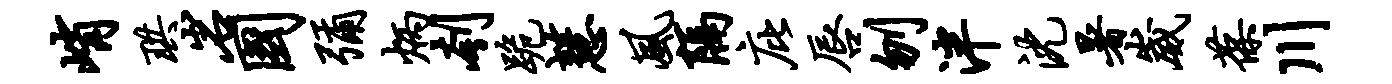
峭珙岩国弥炳刳跪慧风隔庇唇刎泮沈暑崴葆川